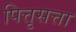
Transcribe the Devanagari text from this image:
पित्तृसत्ता